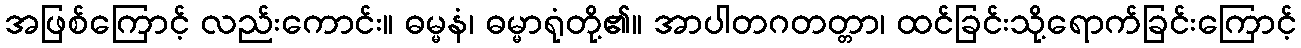
အဖြစ်ကြောင့် လည်းကောင်း။ ဓမ္မနံ၊ ဓမ္မာရုံတို့၏။ အာပါတဂတတ္တာ၊ ထင်ခြင်းသို့ရောက်ခြင်းကြောင့်